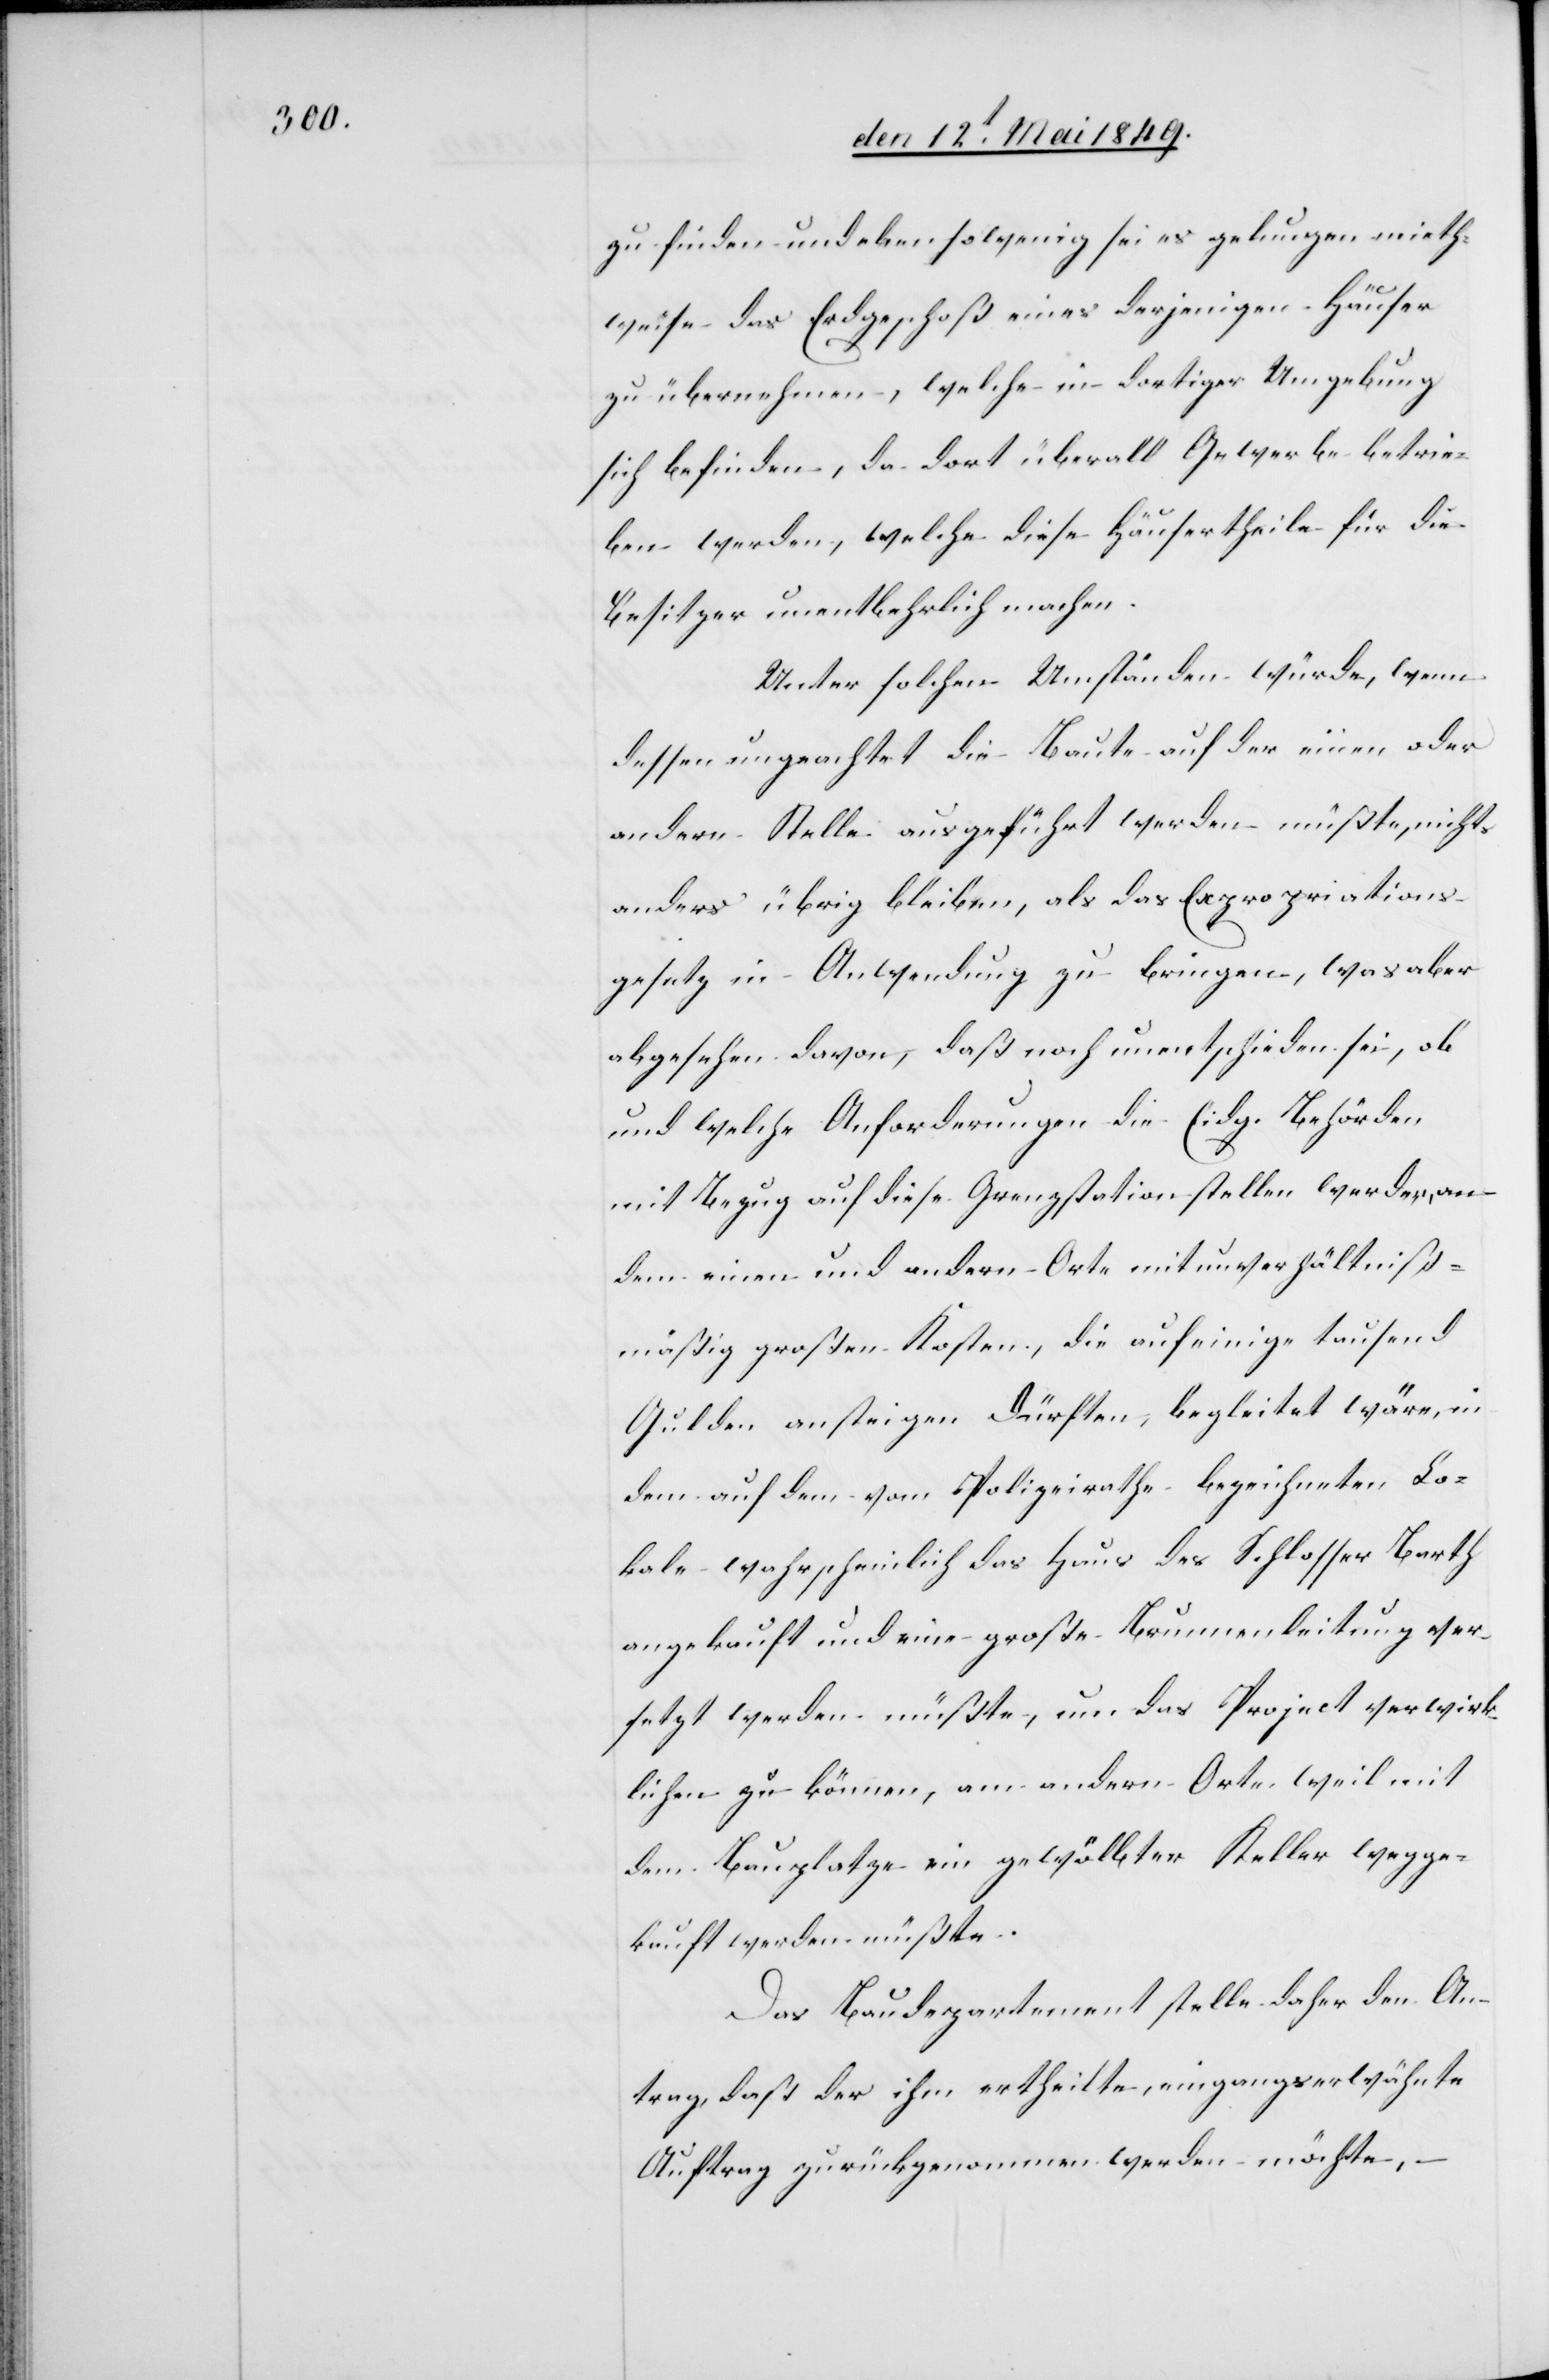
zu finden und eben sowenig sei es gelungen mieth¬
weise das Erdgeschoß eines derjenigen Häuser
zu übernehmen, welche in dortiger Umgebung
sich befinden, da dort überall Gewerbe betrie¬
ben werden, welche diese Häusertheile für die
Besitzer unentbehrlich machen.
Unter solchen Umständen würde, wenn
dessen ungeachtet die Baute auf der einen oder
andern Stelle ausgeführt werden müßte, nichts
anders übrig bleiben, als das Expropriations¬
gesetz in Anwendung zu bringen, was aber
abgesehen davon, daß noch unentschieden sei, ob
und welche Anforderungen die Eidg. Behörden
mit Bezug auf diese Grenzstationen stellen werden, an
dem einen und andern Orte mit unverhältniß¬
mäßig großen Kosten, die auf einige tausend
Gulden ansteigen dürften, begleitet wäre, in
dem auf dem vom Polizeirathe bezeichneten Lo¬
kale wahrscheinlich das Haus des Schlosser Barth
angekauft und eine große Brunnenleitung ver¬
setzt werden müßte, um das Project verwirk¬
lichen zu können, am andern Orte, weil mit
dem Bauplatze ein gewölbter Keller wegge¬
kauft werden müßte.
Das Baudepartement stelle daher den An¬
trag, daß der ihm ertheilte, eingangserwähnte
Auftrag zurückgenommen werden möchte, –